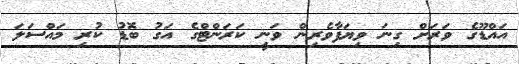
އައްޑޫގެ ވަރަށް ގިނަ ވިޔަފާވެރިން ވަނީ ކަރަންޓްގެ އަގު ބޮޑު ކުރި މައްސަލަ